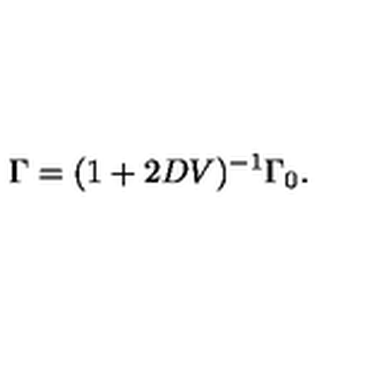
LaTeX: \Gamma = ( 1 + 2 D V ) ^ { - 1 } \Gamma _ { 0 } .